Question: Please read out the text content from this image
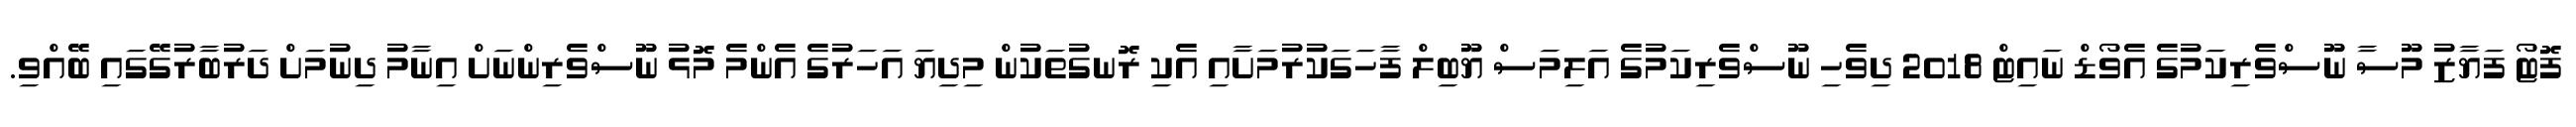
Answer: ފޮޓޯ ފަޔާޒު މޫސާ ނޫސްވެރިކަމުގެ އެވޯޑް ނައިޓް 2018 ދިވެހި ނޫސްވެރިކަމުގެ އަލިމަސް ޔޫބިލް ފާހަގަކުރުމަށާއި އެކި ރޮނގުތަކުން މިދިޔަ އަހަރުގެ އެންމެ މޮޅު ނޫސްވެރިންނަށް އިނާމު ދިނުމަށް ދަރުބާރުގޭގައި ބޭއްވި.